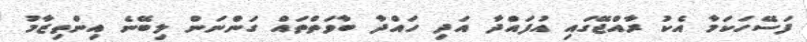
ފަސޭހަކަމާ އެކު ރާއްޖޭގައި އުފައްދާ އަދި ހައްދާ ބާވަތްތައް ގަންނަން ލިބޭނެ އިންތިޒާމު